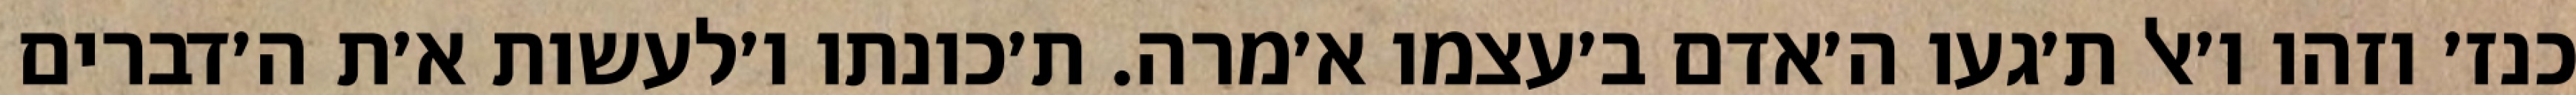
כנז׳ וזהו ו׳אל ת׳געו ה׳אדם ב׳עצמו א׳מרה. ת׳כונתו ו׳לעשות א׳ת ה׳דברים